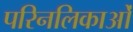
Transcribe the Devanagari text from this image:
परिनलिकाओं